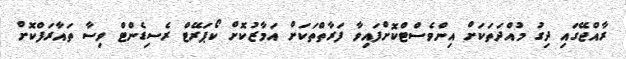
ރާއްޖޭގައި ދިގު މުއްދަތަކަށް އިންވެސްޓްކޮށްފައިވާ ފަރާތްތަކަށް އަމާޒުކޮށް ކޯޕަރޭޓް ރެސިޑެންޓް ވިސާ ތައާރަފްކޮށް